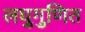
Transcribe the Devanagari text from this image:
लघुगुणित